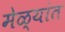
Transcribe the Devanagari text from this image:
मेळ्यांत